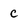
Character: c